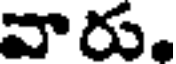
వారు.